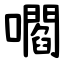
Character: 嚪